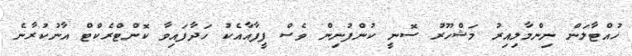
ހުއްޓާލަން ނިންމާލިއިރު މަޝްހޫރު ސޮނީ ކުންފުނިން ވެސް ފީފާއާއެކު ހަދާފައިވާ ކޮންޓްރެކްޓް އާނުކުރާނެ